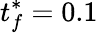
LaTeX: t_{f}^{\ast}=0.1